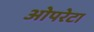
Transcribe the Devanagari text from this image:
ओपरेटा